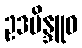
ဥဒဗိန္ဒူဝ